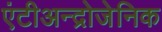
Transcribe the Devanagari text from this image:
एंटीअन्द्रोजेनिक